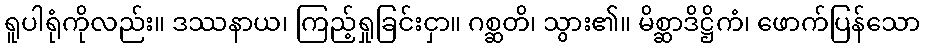
ရူပါရုံကိုလည်း။ ဒဿနာယ၊ ကြည့်ရှုခြင်းငှာ။ ဂစ္ဆတိ၊ သွား၏။ မိစ္ဆာဒိဋ္ဌိကံ၊ ဖောက်ပြန်သော